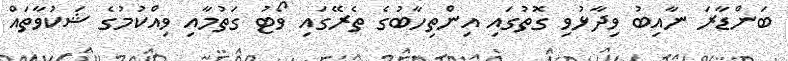
ބަންޑާރަ ނާއިބު ވިދާޅުވި ގޮތުގައި އިންތިހާބުގެ ތެރޭގައި ވޯޓު ގަތުމާއި ވިއްކުމުގެ ޝަކުވާތައް